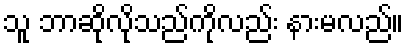
သူ ဘာဆိုလိုသည်ကိုလည်း နားမလည်။